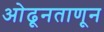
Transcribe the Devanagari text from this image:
ओढूनताणून